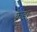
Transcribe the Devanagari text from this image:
क्रुडा